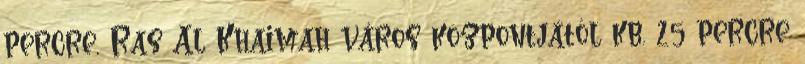
percre, Ras Al Khaimah város központjától kb. 25 percre